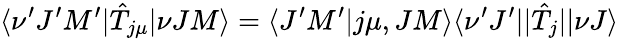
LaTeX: \langle\nu^{\prime}J^{\prime}M^{\prime}|\hat{T}_{j\mu}|\nu JM\rangle=\langle J^{\prime}M^{\prime}|j\mu,JM\rangle\langle\nu^{\prime}J^{\prime}||\hat{T}_{j}||\nu J\rangle